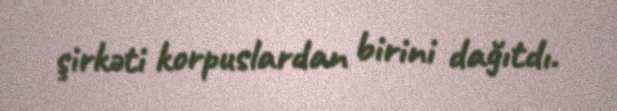
şirkəti korpuslardan birini dağıtdı.